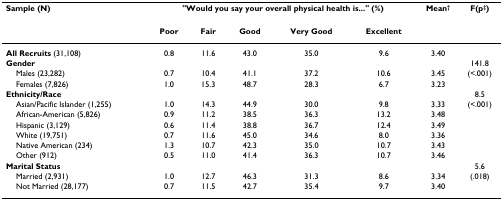
<table><thead><tr><td><b>Sample (N)</b></td><td colspan="5"><b>&quot;Would you say your overall physical health is...&quot; (%)</b></td><td><b>Mean<sup>†</sup></b></td><td><b>F(p<sup>‡</sup>)</b></td></tr><tr><td></td><td><b>Poor</b></td><td><b>Fair</b></td><td><b>Good</b></td><td><b>Very Good</b></td><td><b>Excellent</b></td><td></td><td></td></tr></thead><tbody><tr><td><b>All Recruits </b>(31,108)</td><td>0.8</td><td>11.6</td><td>43.0</td><td>35.0</td><td>9.6</td><td>3.40</td><td></td></tr><tr><td><b>Gender</b></td><td></td><td></td><td></td><td></td><td></td><td></td><td>141.8</td></tr><tr><td> Males (23,282)</td><td>0.7</td><td>10.4</td><td>41.1</td><td>37.2</td><td>10.6</td><td>3.45</td><td>(&lt;.001)</td></tr><tr><td> Females (7,826)</td><td>1.0</td><td>15.3</td><td>48.7</td><td>28.3</td><td>6.7</td><td>3.23</td><td></td></tr><tr><td><b>Ethnicity/Race</b></td><td></td><td></td><td></td><td></td><td></td><td></td><td>8.5</td></tr><tr><td> Asian/Pacific Islander (1,255)</td><td>1.0</td><td>14.3</td><td>44.9</td><td>30.0</td><td>9.8</td><td>3.33</td><td>(&lt;.001)</td></tr><tr><td> African-American (5,826)</td><td>0.9</td><td>11.2</td><td>38.5</td><td>36.3</td><td>13.2</td><td>3.48</td><td></td></tr><tr><td> Hispanic (3,129)</td><td>0.6</td><td>11.4</td><td>38.8</td><td>36.7</td><td>12.4</td><td>3.49</td><td></td></tr><tr><td> White (19,751)</td><td>0.7</td><td>11.6</td><td>45.0</td><td>34.6</td><td>8.0</td><td>3.36</td><td></td></tr><tr><td> Native American (234)</td><td>1.3</td><td>10.7</td><td>42.3</td><td>35.0</td><td>10.7</td><td>3.43</td><td></td></tr><tr><td> Other (912)</td><td>0.5</td><td>11.0</td><td>41.4</td><td>36.3</td><td>10.7</td><td>3.46</td><td></td></tr><tr><td><b>Marital Status</b></td><td></td><td></td><td></td><td></td><td></td><td></td><td>5.6</td></tr><tr><td> Married (2,931)</td><td>1.0</td><td>12.7</td><td>46.3</td><td>31.3</td><td>8.6</td><td>3.34</td><td>(.018)</td></tr><tr><td> Not Married (28,177)</td><td>0.7</td><td>11.5</td><td>42.7</td><td>35.4</td><td>9.7</td><td>3.40</td><td></td></tr></tbody></table>